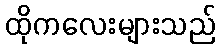
ထိုကလေးများသည်